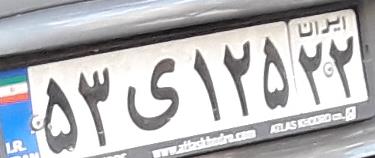
۵۳ی۱۲۵۲۲